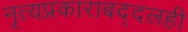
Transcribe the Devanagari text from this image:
नृत्यप्रकाराबद्दलही